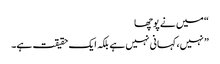
“ میں نے پوچھا
” نہیں، کہانی نہیں ہے بلکہ ایک حقیقت ہے۔